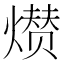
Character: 𤎺